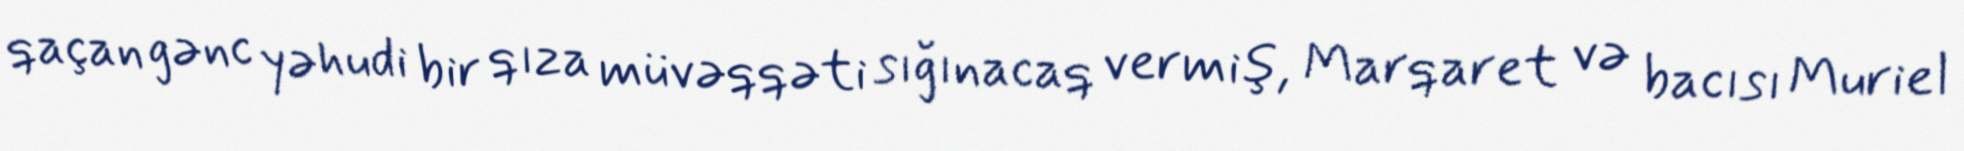
qaçan gənc yəhudi bir qıza müvəqqəti sığınacaq vermiş, Marqaret və bacısı Muriel